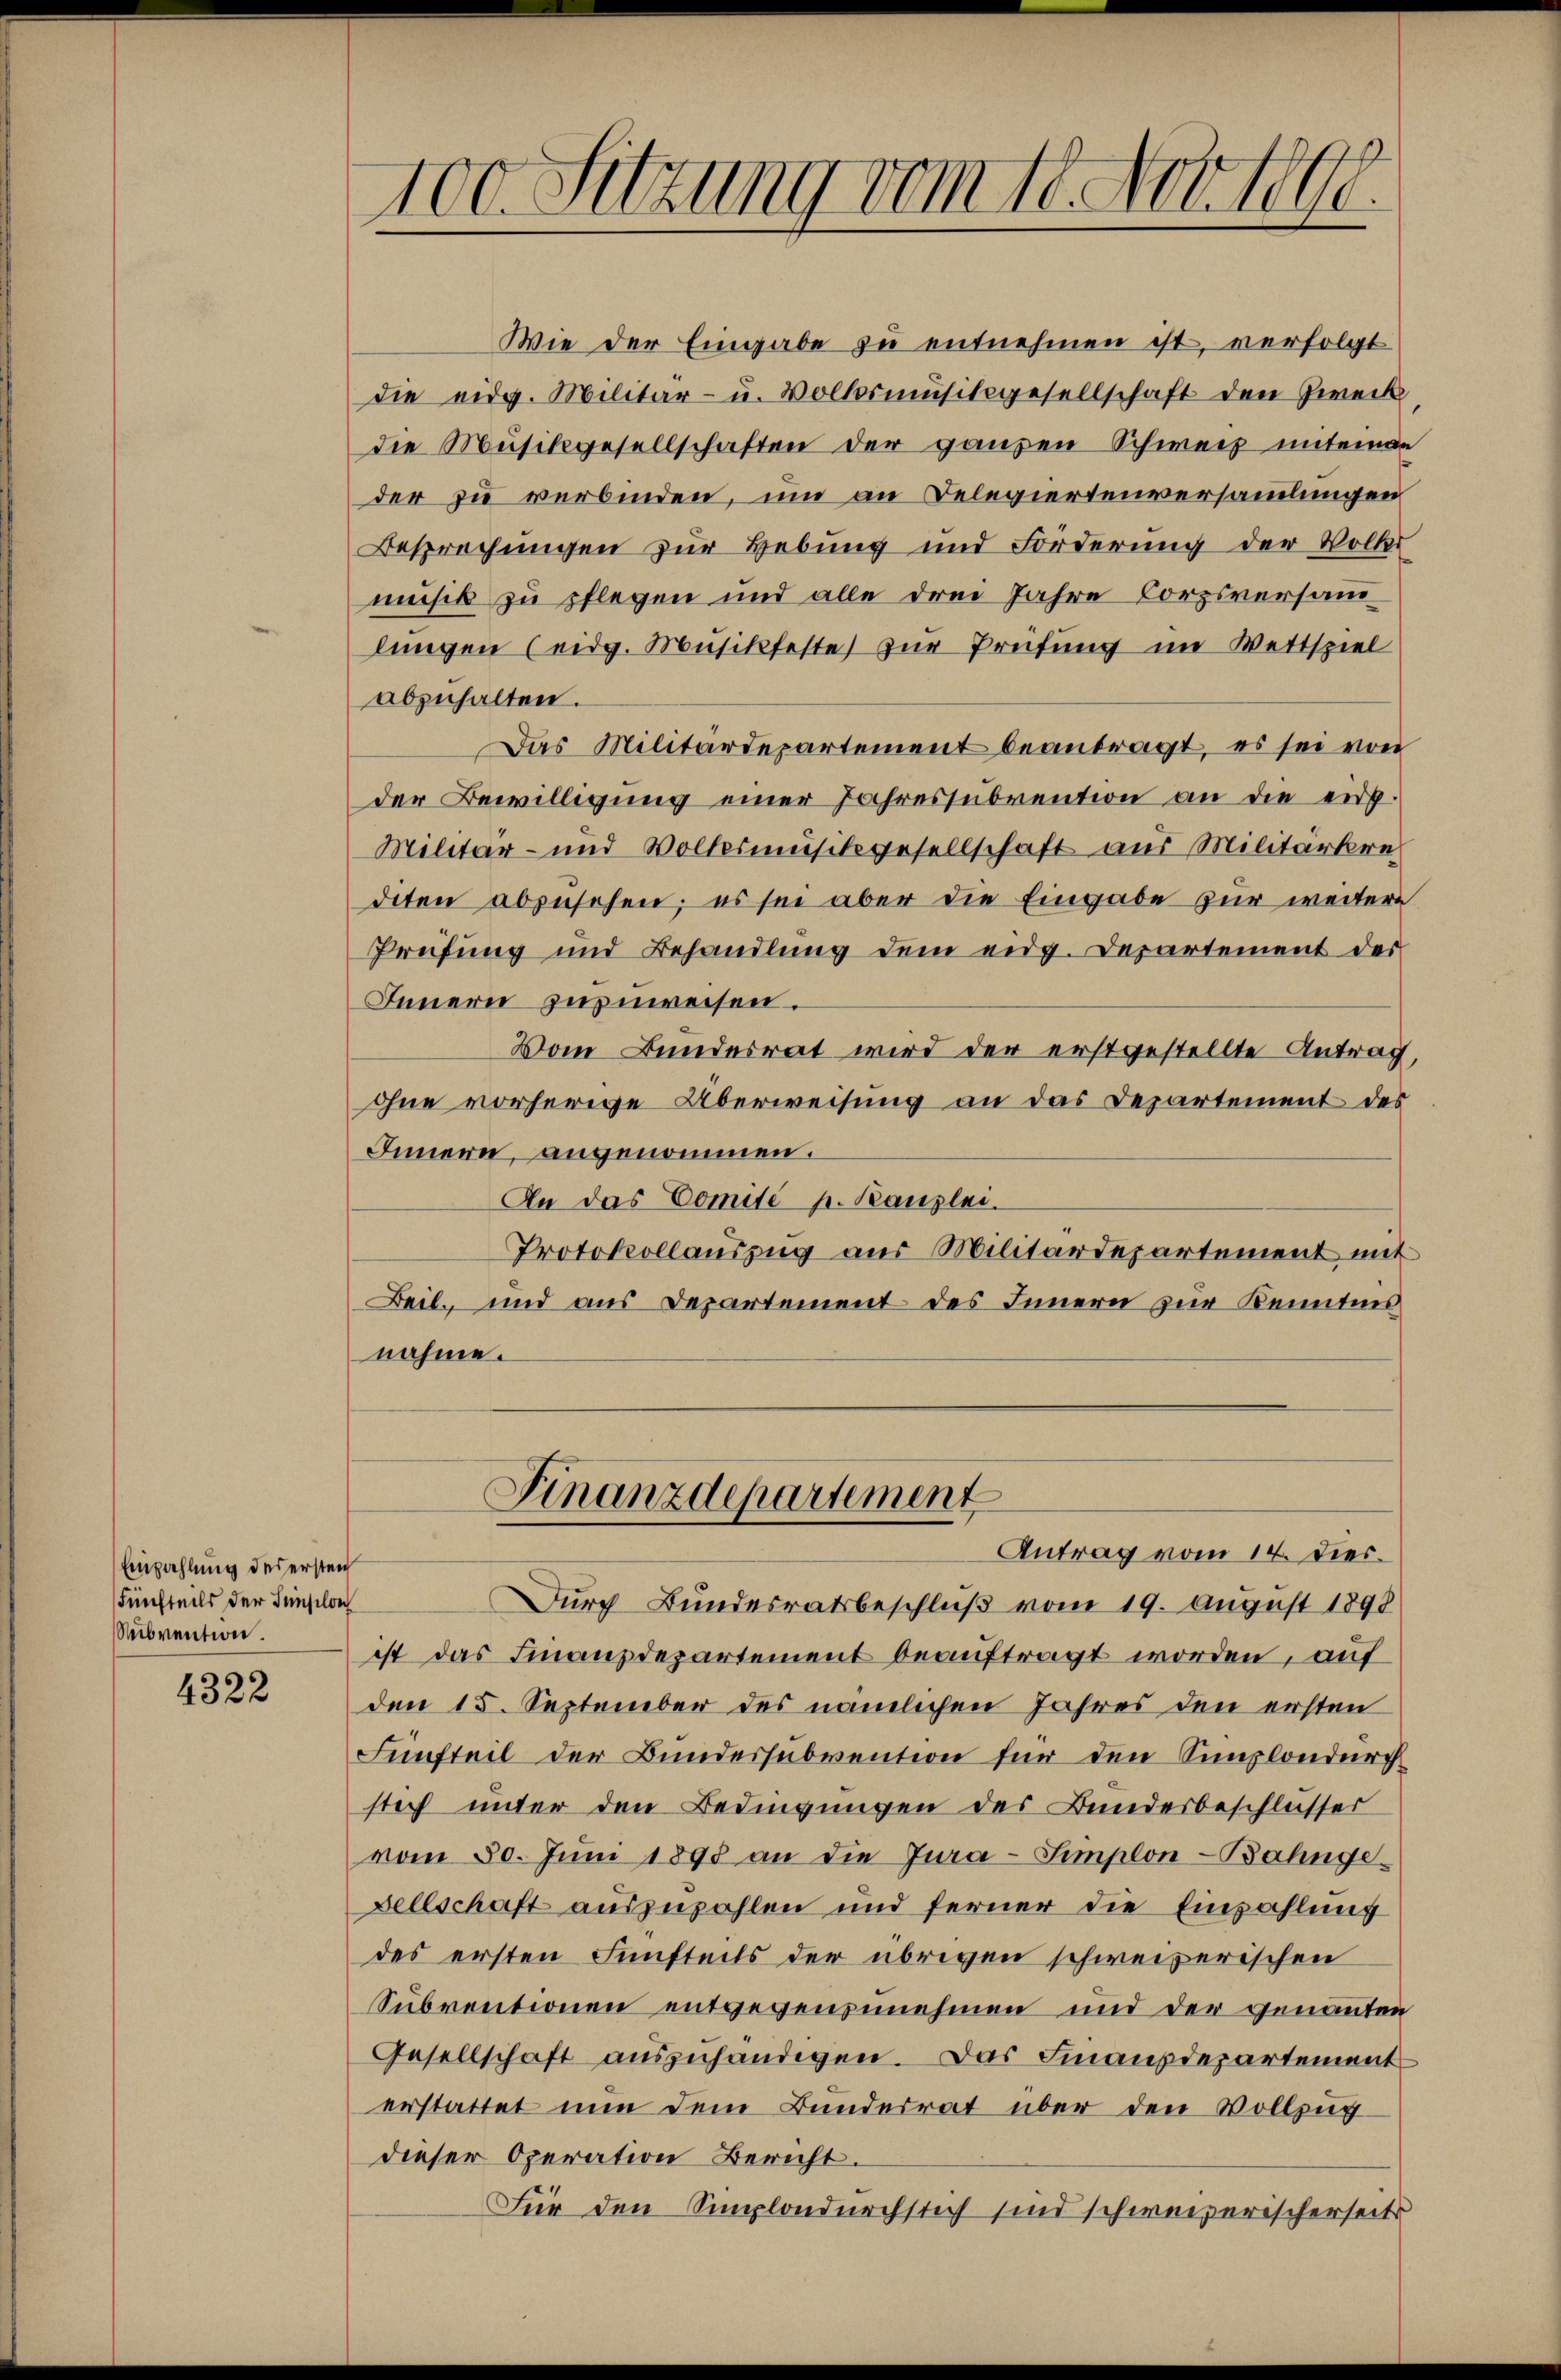
Einzahlung des ersten
Fünfteils der Senselon
Subvention.

4322

100. Sitzung vom 18. Nov. 1890.

Wie der Eingabe zu entnehmen ist, verfolgt
die eidg. Militär- u. Volksmŭsikgesellschaft den Zweck
die Musikgesellschaften der ganzen Schweiz miteman
der zu verbinden, um an Delegiertenversammlungen
Besprechungen zur Hebung und Forderung der Voll-
musik zu pflegen und alle drei Jahre Corpsversam
lungen (eidg. Musikfeste zur Prüfung im Wettspiel
abzuhalten.
Das Militärdepartement beantragt, es sei von
der Bewilligung einer Jahressubvention an die eidg.
Militär- und Volkesmusikgesellschaft aus Militärkre
diten abzusehen; es sei aber die Eingabe zur weitere
Prüfung und Behandlung dem eidg. Departement der
Innern zuzuweisen.
Vom Bundesrat wird der erstgestellte Antrag,
ohne vorherige Überweisung an das Departement des
Innern, angenommen.
An das Comité p. Kanzlei.
Protokollauszug aus Militärdepartement mit
Beil, und aus Departement des Innern zur Kenntnis
nahme.
Finanzdepartement
Antrag vom 14. Dies
Durch Bundesratsbeschluß vom 19. August 1890
ist das Finanzdepartement beauftragt worden, auf
den 15. September des nämlichen Jahres den ersten
Fünfteil der Bundessubvention für den Simplondurch
stich unter den Bedingungen des Bundesbeschlusses
vom 30. Jŭni 1898 an die Jura-Simplon-Bahngesellschaft auszuzahlen und ferner die Einzahlung
des ersten Fünfteils der übrigen schweizerischen
Subventionen entgegenzunehmen und der genannten
Gesellschaft auszuhändigen. Das Finanzdepartement
erstattet nun dem Bundesrat über den Vollzugdieser Operation Bericht.
Für den Simplondurchstich sind schweizerischerseits